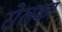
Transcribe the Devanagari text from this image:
रोलका